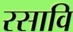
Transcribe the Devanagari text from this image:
रसावि